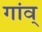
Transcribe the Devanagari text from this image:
गांव्